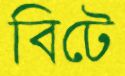
বিটে